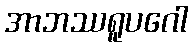
အာဘဿရူပဂေါ